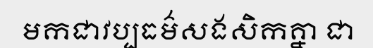
មកជាវប្បធម៌សងសិកគ្នា ជា